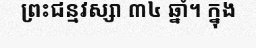
ព្រះជន្មវស្សា ៣៤ ឆ្នាំ។ ក្នុង